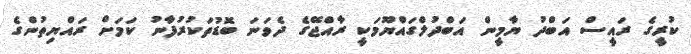
ކުރީގެ ރައީސް އަބްދު ޔާމީން އަބްދުލްގައްޔޫމަކީ ރާއްޖޭގެ ދެވަނަ ބޮޑުތަކުރުފާނު ކަމަށް ރައްޔިތުންގެ